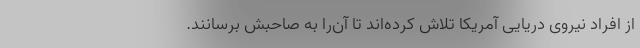
از افراد نیروی دریایی آمریکا تلاش کرده‌اند تا آن‌را به صاحبش برسانند.